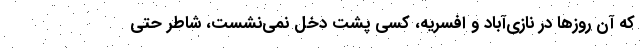
كه آن روزها در نازي‌آباد و افسريه، كسي پشت دخل نمي‌نشست، شاطر حتي